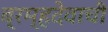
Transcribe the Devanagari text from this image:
ब्रम्हदेवाची